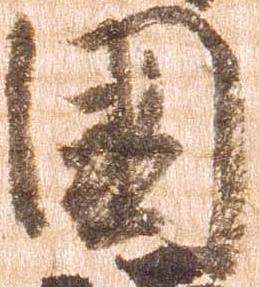
国